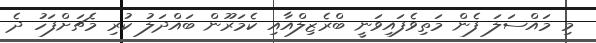
މި މައްސަލަ ފެން މަތިވެފައިވަނީ ބްރެޒިލްއާއި ކެމަރޫން ބައްދަލު ކުރި މެޗަށްފަހު ދެ